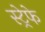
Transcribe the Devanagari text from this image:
स्ट्रेफे